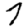
Digit: 7